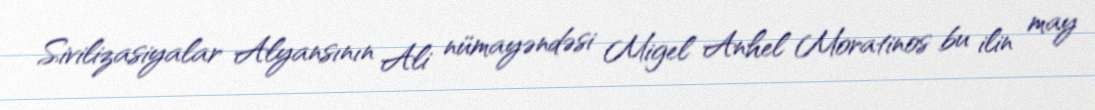
Sivilizasiyalar Alyansının Ali nümayəndəsi Migel Anhel Moratinos bu ilin may